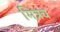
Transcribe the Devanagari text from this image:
मित्रच